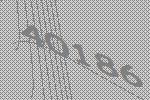
40186